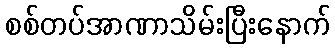
စစ်တပ်အာဏာသိမ်းပြီးနောက်